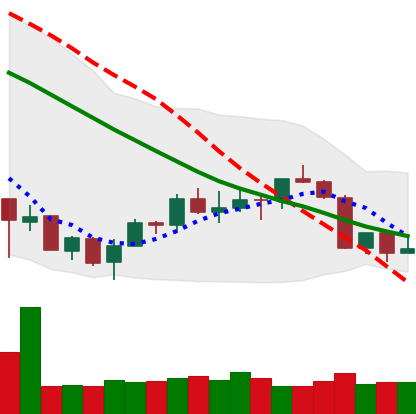
Ticker: ETH-USD
Chart end date: 2018-07-13
Forward return: 10.71%
Label: up_7plus